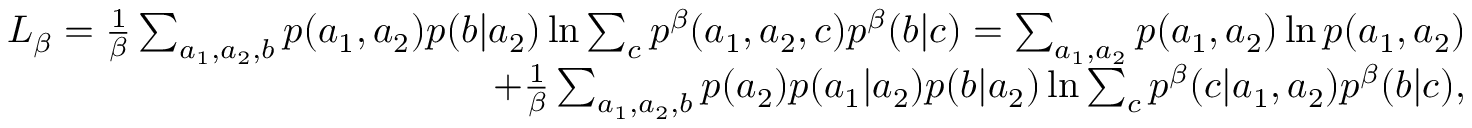
\begin{array} { r l r } & { } & { L _ { \beta } = \frac { 1 } { \beta } \sum _ { a _ { 1 } , a _ { 2 } , b } p ( a _ { 1 } , a _ { 2 } ) p ( b | a _ { 2 } ) \ln { \sum _ { c } p ^ { \beta } ( a _ { 1 } , a _ { 2 } , c ) p ^ { \beta } ( b | c ) } = \sum _ { a _ { 1 } , a _ { 2 } } p ( a _ { 1 } , a _ { 2 } ) \ln { p ( a _ { 1 } , a _ { 2 } ) } } \\ & { } & { + \frac { 1 } { \beta } \sum _ { a _ { 1 } , a _ { 2 } , b } p ( a _ { 2 } ) p ( a _ { 1 } | a _ { 2 } ) p ( b | a _ { 2 } ) \ln { \sum _ { c } p ^ { \beta } ( c | a _ { 1 } , a _ { 2 } ) p ^ { \beta } ( b | c ) } , } \end{array}